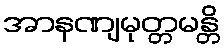
အာနဏျမုတ္တမန္တိ